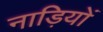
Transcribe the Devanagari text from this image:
नाड़ियों